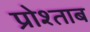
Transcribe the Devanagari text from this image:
प्रोश्ताब